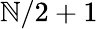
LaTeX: \mathbb{N}/2+1